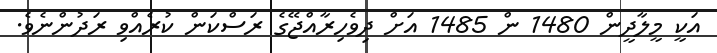
އަކީ މީލާދީން 1480 ން 1485 އަށް ދިވެހިރާއްޖޭގެ ރަސްކަން ކުރެއްވި ރަދުންނެވެ.